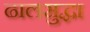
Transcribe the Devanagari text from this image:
ढालसुद्धा